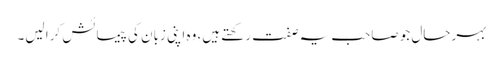
بہرحال جو صاحب یہ صفت رکھتے ہیں، وہ اپنی زبان کی پیمائش کرا لیں۔